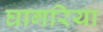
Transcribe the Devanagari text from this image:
घागरिया